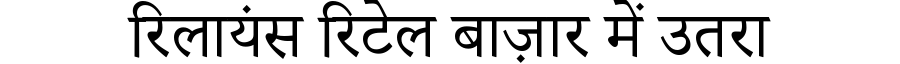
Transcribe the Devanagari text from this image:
रिलायंस रिटेल बाज़ार में उतरा